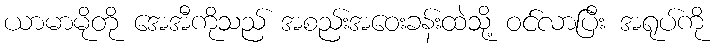
ယာမာမိုတို အေအီကိုသည် အစည်းအဝေးခန်းထဲသို့ ဝင်လာပြီး အရုပ်ကို